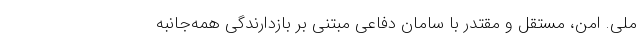
ملی. امن، مستقل و مقتدر با سامان دفاعی مبتنی بر بازدارندگی همه‌جانبه